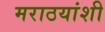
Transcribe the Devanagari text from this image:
मराठयांशी